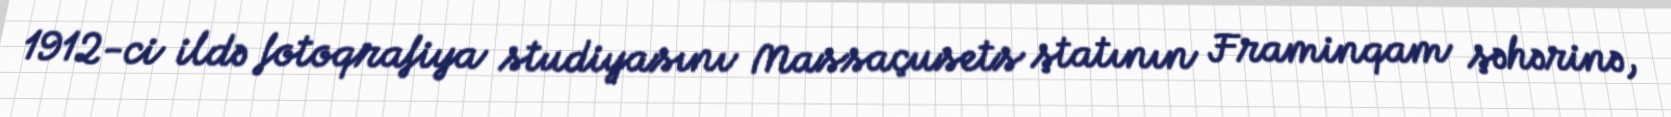
1912-ci ildə fotoqrafiya studiyasını Massaçusets ştatının Framinqam şəhərinə,